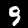
Digit: 9